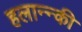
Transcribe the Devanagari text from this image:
हलान्न्की